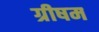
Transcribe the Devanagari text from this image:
ग्रीषम